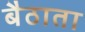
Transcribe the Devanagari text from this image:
बैठाता